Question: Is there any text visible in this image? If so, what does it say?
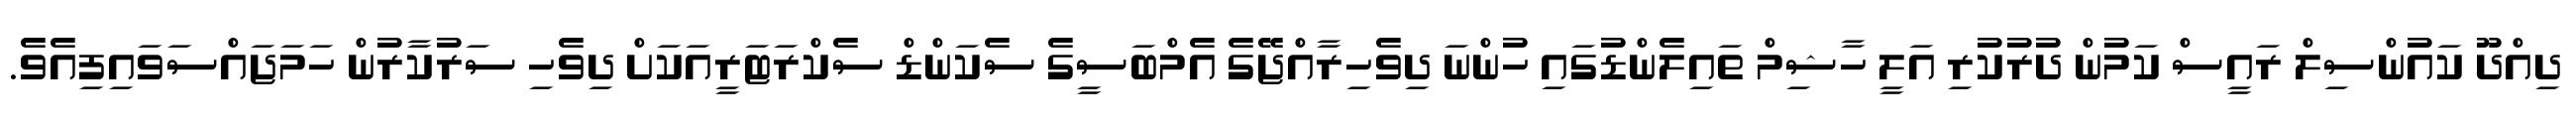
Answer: ދިއްދޫ ކައުންސިލް ރައީސް ކަމުން ދުރުކުރި އަލީ ހާޝިމް ތައިލެންޑުގައި ހުންނަ ދިވެހިރާއްޖޭގެ އެމްބަސީގެ ސެކަންޑް ސެކްރަޓަރީއަކަށް ދިވެހި ސަރުކާރުން ހަމަޖައްސަވައިފިއެވެ.